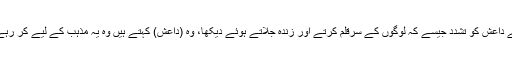
بیان میں مفید کا کہنا تھا کہ "میں نے داعش کو تشدد جیسے کہ لوگوں کے سرقلم کرتے اور زندہ جلاتے ہوئے دیکھا، وہ (داعش) کہتے ہیں وہ یہ مذہب کے لیے کر رہے ہیں، میرا ماننا ہے کہ وہ غلط ہیں۔